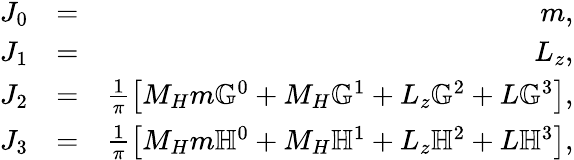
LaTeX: \begin{array}{rlr}{J_{0}}&{=}&{m,}\\ {J_{1}}&{=}&{L_{z},}\\ {J_{2}}&{=}&{\frac{1}{\pi}\left[M_{H}m\mathbb{G}^{0}+M_{H}\mathbb{G}^{1}+L_{z}\mathbb{G}^{2}+L\mathbb{G}^{3}\right],}\\ {J_{3}}&{=}&{\frac{1}{\pi}\left[M_{H}m\mathbb{H}^{0}+M_{H}\mathbb{H}^{1}+L_{z}\mathbb{H}^{2}+L\mathbb{H}^{3}\right],}\end{array}